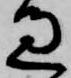
過